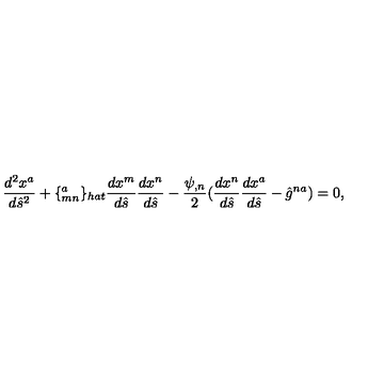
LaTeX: \frac { d ^ { 2 } x ^ { a } } { d \hat { s } ^ { 2 } } + \{ _ { m n } ^ { a } \} _ { h a t } \frac { d x ^ { m } } { d \hat { s } } \frac { d x ^ { n } } { d \hat { s } } - \frac { \psi _ { , n } } { 2 } ( \frac { d x ^ { n } } { d \hat { s } } \frac { d x ^ { a } } { d \hat { s } } - \hat { g } ^ { n a } ) = 0 ,